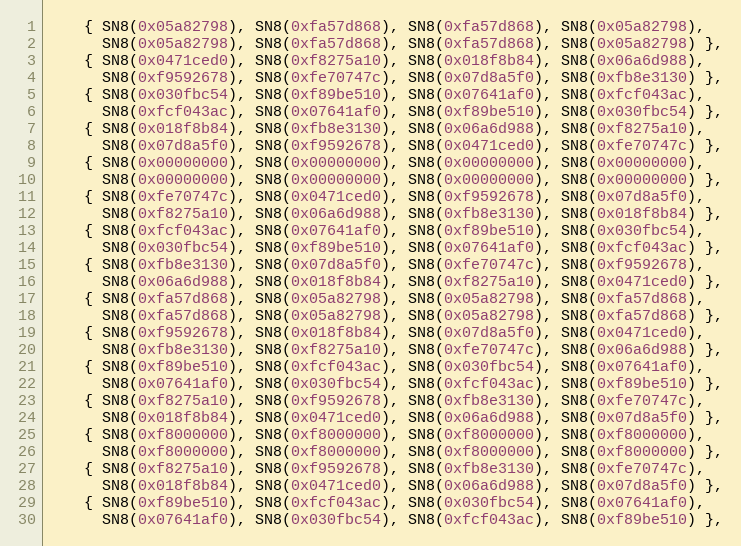
Language: C
    { SN8(0x05a82798), SN8(0xfa57d868), SN8(0xfa57d868), SN8(0x05a82798),
      SN8(0x05a82798), SN8(0xfa57d868), SN8(0xfa57d868), SN8(0x05a82798) },
    { SN8(0x0471ced0), SN8(0xf8275a10), SN8(0x018f8b84), SN8(0x06a6d988),
      SN8(0xf9592678), SN8(0xfe70747c), SN8(0x07d8a5f0), SN8(0xfb8e3130) },
    { SN8(0x030fbc54), SN8(0xf89be510), SN8(0x07641af0), SN8(0xfcf043ac),
      SN8(0xfcf043ac), SN8(0x07641af0), SN8(0xf89be510), SN8(0x030fbc54) },
    { SN8(0x018f8b84), SN8(0xfb8e3130), SN8(0x06a6d988), SN8(0xf8275a10),
      SN8(0x07d8a5f0), SN8(0xf9592678), SN8(0x0471ced0), SN8(0xfe70747c) },
    { SN8(0x00000000), SN8(0x00000000), SN8(0x00000000), SN8(0x00000000),
      SN8(0x00000000), SN8(0x00000000), SN8(0x00000000), SN8(0x00000000) },
    { SN8(0xfe70747c), SN8(0x0471ced0), SN8(0xf9592678), SN8(0x07d8a5f0),
      SN8(0xf8275a10), SN8(0x06a6d988), SN8(0xfb8e3130), SN8(0x018f8b84) },
    { SN8(0xfcf043ac), SN8(0x07641af0), SN8(0xf89be510), SN8(0x030fbc54),
      SN8(0x030fbc54), SN8(0xf89be510), SN8(0x07641af0), SN8(0xfcf043ac) },
    { SN8(0xfb8e3130), SN8(0x07d8a5f0), SN8(0xfe70747c), SN8(0xf9592678),
      SN8(0x06a6d988), SN8(0x018f8b84), SN8(0xf8275a10), SN8(0x0471ced0) },
    { SN8(0xfa57d868), SN8(0x05a82798), SN8(0x05a82798), SN8(0xfa57d868),
      SN8(0xfa57d868), SN8(0x05a82798), SN8(0x05a82798), SN8(0xfa57d868) },
    { SN8(0xf9592678), SN8(0x018f8b84), SN8(0x07d8a5f0), SN8(0x0471ced0),
      SN8(0xfb8e3130), SN8(0xf8275a10), SN8(0xfe70747c), SN8(0x06a6d988) },
    { SN8(0xf89be510), SN8(0xfcf043ac), SN8(0x030fbc54), SN8(0x07641af0),
      SN8(0x07641af0), SN8(0x030fbc54), SN8(0xfcf043ac), SN8(0xf89be510) },
    { SN8(0xf8275a10), SN8(0xf9592678), SN8(0xfb8e3130), SN8(0xfe70747c),
      SN8(0x018f8b84), SN8(0x0471ced0), SN8(0x06a6d988), SN8(0x07d8a5f0) },
    { SN8(0xf8000000), SN8(0xf8000000), SN8(0xf8000000), SN8(0xf8000000),
      SN8(0xf8000000), SN8(0xf8000000), SN8(0xf8000000), SN8(0xf8000000) },
    { SN8(0xf8275a10), SN8(0xf9592678), SN8(0xfb8e3130), SN8(0xfe70747c),
      SN8(0x018f8b84), SN8(0x0471ced0), SN8(0x06a6d988), SN8(0x07d8a5f0) },
    { SN8(0xf89be510), SN8(0xfcf043ac), SN8(0x030fbc54), SN8(0x07641af0),
      SN8(0x07641af0), SN8(0x030fbc54), SN8(0xfcf043ac), SN8(0xf89be510) },